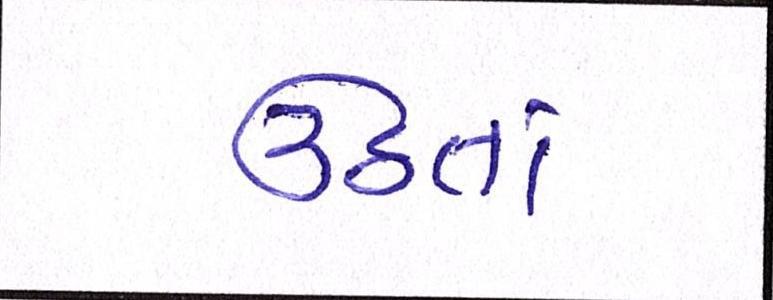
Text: ઉઠતાં